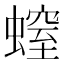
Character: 螲